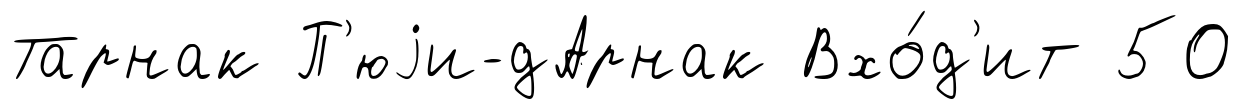
Тарнак П'юjи-дАрнак Вхо́д'ит 50